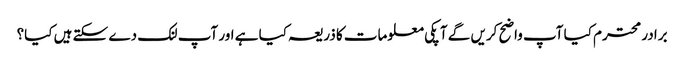
برادر محترم کیا آپ واضح کریں گے آ پکی معلومات کا ذریعہ کیا ہے اور آپ لنک دے سکتے ہیں کیا؟